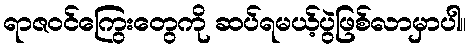
ရာဇဝင်ကြွေးတွေကို ဆပ်ရမယ့်ပွဲဖြစ်လာမှာပါ။